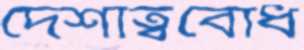
দেশাত্ববোধ